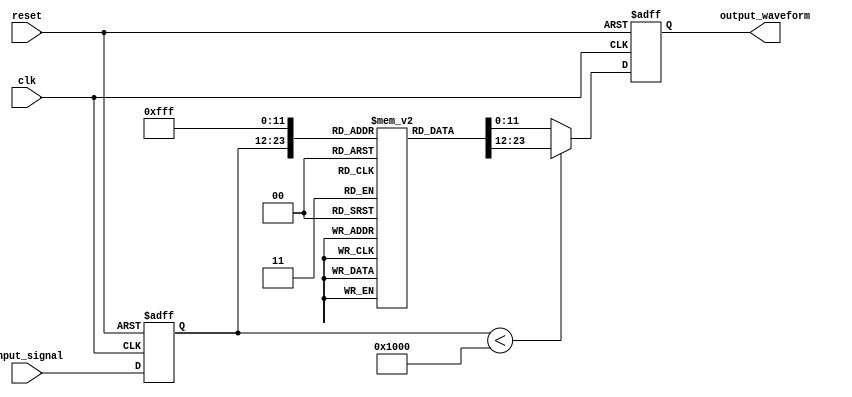
module LogarithmicWaveformGenerator (
    input wire clk,               // Clock signal
    input wire reset,             // Reset signal
    input wire [N-1:0] input_signal, // N-bit input signal (linear value)
    output reg [M-1:0] output_waveform // M-bit output signal (logarithmic value)
);

parameter N = 12; // Number of bits for input signal
parameter M = 12; // Number of bits for output signal
parameter LUT_SIZE = (1 << N); // Size of the LUT

// Logarithmic lookup table (For simplicity, we can use a small LUT for demo)
reg [M-1:0] log_lut [0:LUT_SIZE-1];

// Initial block to populate the LUT
integer i;
initial begin
    // Populate LUT with logarithmic values (base 2 for example)
    for (i = 1; i < LUT_SIZE; i = i + 1) begin
        log_lut[i] = $clog2(i); // Base-2 logarithm
    end
end

// State for output generation
reg [N-1:0] sampled_input;

always @(posedge clk or posedge reset) begin
    if (reset) begin
        output_waveform <= 0; // Reset output
        sampled_input <= 0; // Reset sampled input
    end else begin
        // Sample the input signal (for simplicity we assume it's sampled on every clock)
        sampled_input <= input_signal;

        // Logarithmic calculation using LUT
        if (sampled_input < LUT_SIZE) begin
            output_waveform <= log_lut[sampled_input]; // Get logarithmic value from LUT
        end else begin
            output_waveform <= log_lut[LUT_SIZE-1]; // Saturate at maximum LUT value
        end
    end
end

endmodule